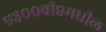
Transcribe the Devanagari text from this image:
ए३००बी९मधील